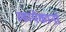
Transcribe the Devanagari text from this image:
व्हायेकानो